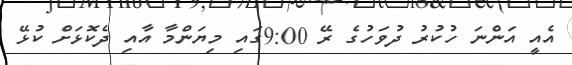
އެއީ އަންނަ ހުކުރު ދުވަހުގެ ރޭ 9:00ގައި މިޔަންމާ އާއި ދެކޮޅަށް ކުޅޭ